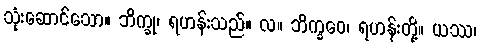
သုံးဆောင်သော။ ဘိက္ခု၊ ရဟန်းသည်။ လ။ ဘိက္ခဝေ၊ ရဟန်းတို့။ ယဿ၊